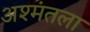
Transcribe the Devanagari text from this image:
अश्मंतला